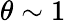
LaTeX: \theta\sim 1